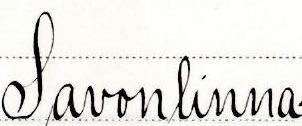
Savonlinna